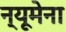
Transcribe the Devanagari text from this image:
न्यूमेना